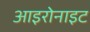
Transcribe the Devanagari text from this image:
आइरोनाइट